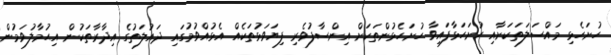
ހުށަހެޅި މައްސަލަތަކަށާއި ހުށަހަޅާފައިވާ ހުށަހެޅުންތަކަށް އިންސާފުވެރި ފިޔަވަޅުތަކެއް އެޅުއްވުމުގައި ދައުލަތުގެ އިދާރާތަކުން އިޙުމާލުވަމުން